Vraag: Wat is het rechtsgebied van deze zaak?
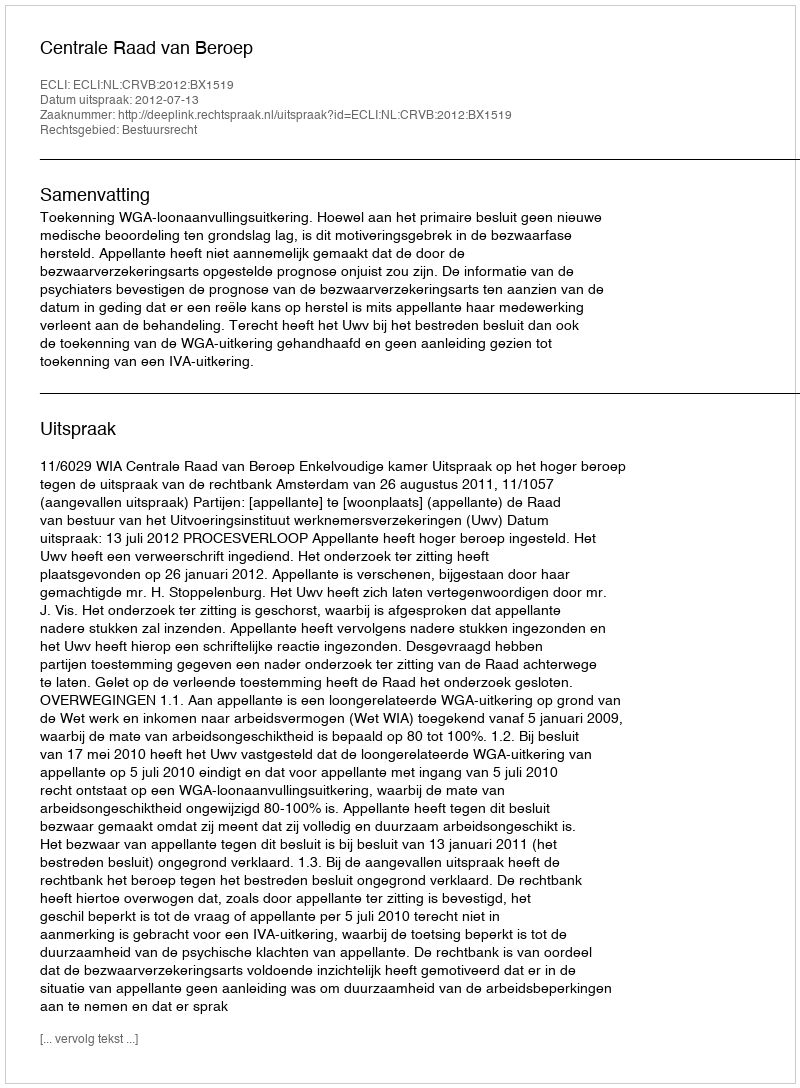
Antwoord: Bestuursrecht